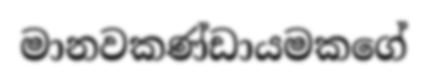
මානවකණ්ඩායමකගේ